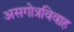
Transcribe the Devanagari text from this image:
असगोत्रविवाह